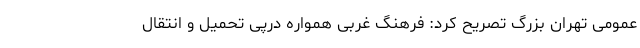
عمومی تهران بزرگ تصریح کرد: فرهنگ غربی همواره درپی تحمیل و انتقال